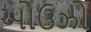
ઓઉઝો